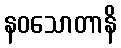
နဝသောတာနိ